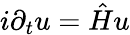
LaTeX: i\partial_{t}u={\hat{H}}u